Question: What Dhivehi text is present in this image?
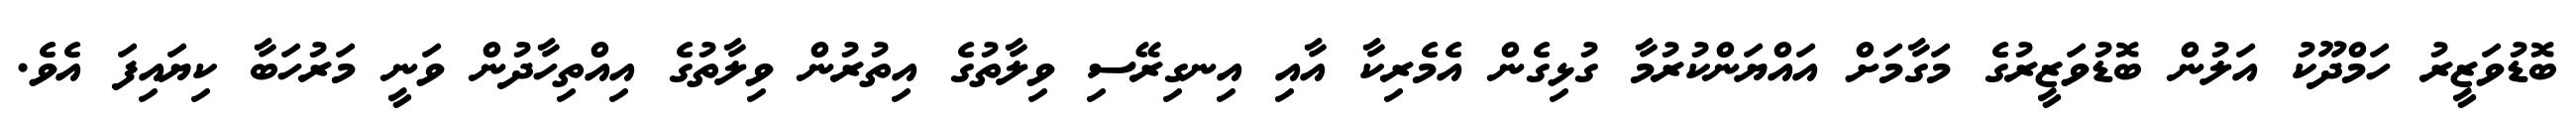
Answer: ބޮޑުވަޒީރު ހަމްދޫކު އަލުން ބޮޑުވަޒީރުގެ މަގާމަށް އައްޔަންކުރުމާ ގުޅިގެން އެމެރިކާ އާއި އިނގިރޭސި ވިލާތުގެ އިތުރުން ވިލާތުގެ އިއްތިހާދުން ވަނީ މަރުހަބާ ކިޔައިފަ އެވެ.